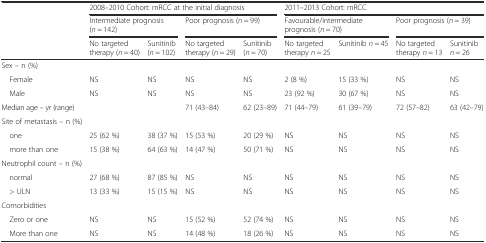
<table><thead><tr><td rowspan="2"></td><td colspan="4"><b>2008–2010 Cohort: mRCC at the initial diagnosis</b></td><td colspan="4"><b>2011–2013 Cohort: mRCC</b></td></tr><tr><td colspan="2"><b>Intermediate prognosis (<i>n</i> = 142)</b></td><td colspan="2"><b>Poor prognosis (<i>n</i> = 99)</b></td><td colspan="2"><b>Favourable/intermediate prognosis (<i>n</i> = 70)</b></td><td colspan="2"><b>Poor prognosis (<i>n</i> = 39)</b></td></tr><tr><td></td><td><b>No targeted therapy (<i>n</i> = 40)</b></td><td><b>Sunitinib (<i>n</i> = 102)</b></td><td><b>No targeted therapy (<i>n</i> = 29)</b></td><td><b>Sunitinib (<i>n</i> = 70)</b></td><td><b>No targeted therapy <i>n</i> = 25</b></td><td><b>Sunitinib <i>n</i> = 45</b></td><td><b>No targeted therapy <i>n</i> = 13</b></td><td><b>Sunitinib <i>n</i> = 26</b></td></tr></thead><tbody><tr><td colspan="9">Sex – n (%)</td></tr><tr><td> Female</td><td>NS</td><td>NS</td><td>NS</td><td>NS</td><td>2 (8 %)</td><td>15 (33 %)</td><td>NS</td><td>NS</td></tr><tr><td> Male</td><td>NS</td><td>NS</td><td>NS</td><td>NS</td><td>23 (92 %)</td><td>30 (67 %)</td><td>NS</td><td>NS</td></tr><tr><td>Median age – yr (range)</td><td></td><td></td><td>71 (43–84)</td><td>62 (23–89)</td><td>71 (44–79)</td><td>61 (39–79)</td><td>72 (57–82)</td><td>63 (42–79)</td></tr><tr><td colspan="9">Site of metastasis – n (%)</td></tr><tr><td> one</td><td>25 (62 %)</td><td>38 (37 %)</td><td>15 (53 %)</td><td>20 (29 %)</td><td>NS</td><td>NS</td><td>NS</td><td>NS</td></tr><tr><td> more than one</td><td>15 (38 %)</td><td>64 (63 %)</td><td>14 (47 %)</td><td>50 (71 %)</td><td>NS</td><td>NS</td><td>NS</td><td>NS</td></tr><tr><td>Neutrophil count – n (%)</td><td></td><td></td><td></td><td></td><td></td><td></td><td></td><td></td></tr><tr><td> normal</td><td>27 (68 %)</td><td>87 (85 %)</td><td>NS</td><td>NS</td><td>NS</td><td>NS</td><td>NS</td><td>NS</td></tr><tr><td> &gt; ULN</td><td>13 (33 %)</td><td>15 (15 %)</td><td>NS</td><td>NS</td><td>NS</td><td>NS</td><td>NS</td><td>NS</td></tr><tr><td colspan="9">Comorbidities</td></tr><tr><td> Zero or one</td><td>NS</td><td>NS</td><td>15 (52 %)</td><td>52 (74 %)</td><td>NS</td><td>NS</td><td>NS</td><td>NS</td></tr><tr><td> More than one</td><td>NS</td><td>NS</td><td>14 (48 %)</td><td>18 (26 %)</td><td>NS</td><td>NS</td><td>NS</td><td>NS</td></tr></tbody></table>